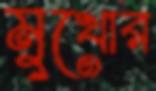
মুখোর